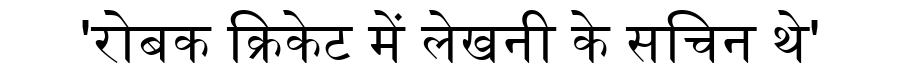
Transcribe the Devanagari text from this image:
'रोबक क्रिकेट में लेखनी के सचिन थे'